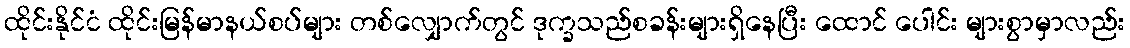
ထိုင်းနိုင်ငံ ထိုင်းမြန်မာနယ်စပ်များ တစ်လျှောက်တွင် ဒုက္ခသည်စခန်းများရှိနေပြီး ထောင် ပေါင်း များစွာမှာလည်း